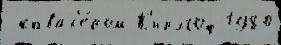
 кавал'е́ром К'ирхгоф 1980